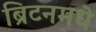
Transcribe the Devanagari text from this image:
ब्रिटनमधे